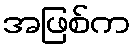
အဖြစ်က